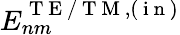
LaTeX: E_{nm}^{\mathrm{~T~E~/~T~M~},(\mathrm{~i~n~})}